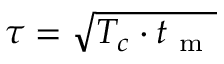
\tau = \sqrt { T _ { c } \cdot t _ { \mathrm { ~ m ~ } } }